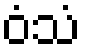
ဝံသံ